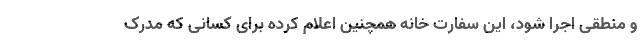
و منطقی اجرا شود، این سفارت خانه همچنین اعلام کرده برای کسانی که مدرک